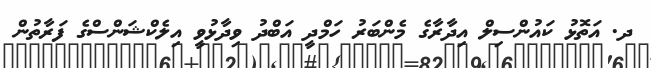
ދ. އަތޮޅު ކައުންސިލް އިދާރާގެ މެންބަރު ހަމްދީ އަބްދު ވިދާޅުވީ އިލެކްޝަންސްގެ ފަރާތުން